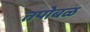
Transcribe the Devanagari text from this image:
तपोबळ